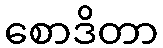
စောဒိတာ